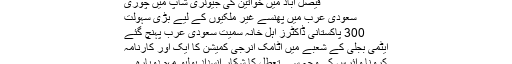
فیصل آباد میں خواتین کی جیولری شاپ میں چوری
سعودی عرب میں پھنسے غیر ملکیوں کے لیے بڑی سہولت
300 پاکستانی ڈاکٹرز اہل خانہ سمیت سعودی عرب پہنچ گئے
ایٹمی بجلی کے شعبے میں اٹامک انرجی کمیشن کا ایک اور کارنامہ
کرونا وائرس کی وجہ سے تعطل کا شکار انسداد پولیو مہم دوبارہ…